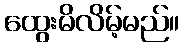
ထွေးမိလိမ့်မည်။